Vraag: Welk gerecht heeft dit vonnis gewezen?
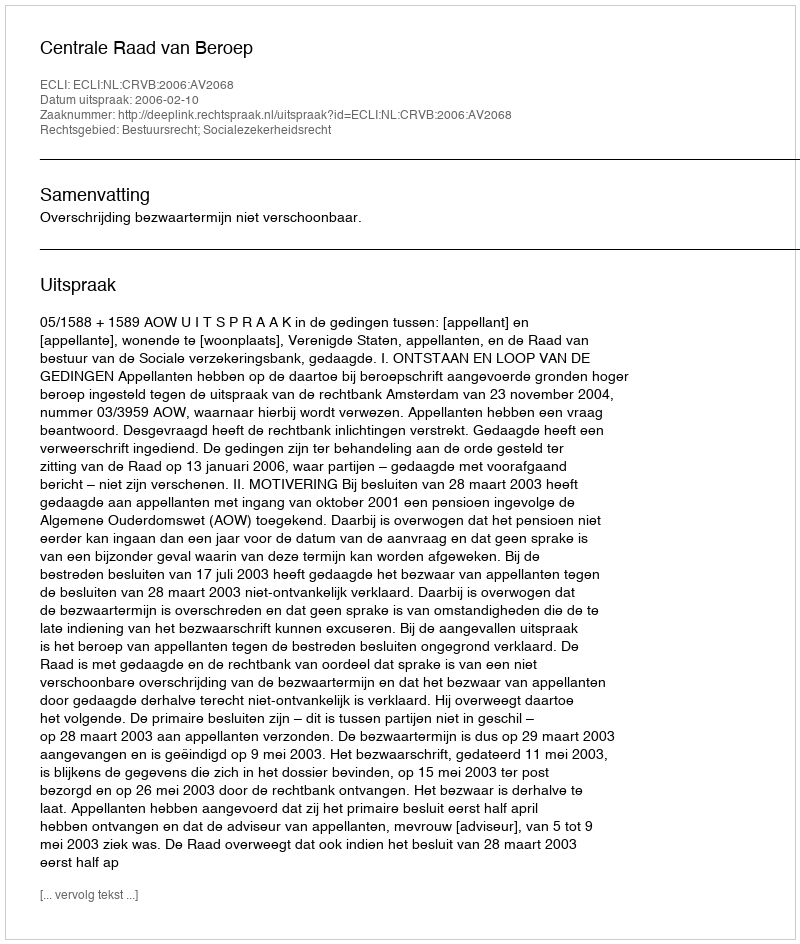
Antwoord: Centrale Raad van Beroep